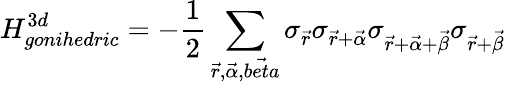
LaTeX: H_{gonihedric}^{3d}=-\frac{1}{2}\sum_{\vec{r},\vec{\alpha},\vec{beta}}\sigma_{\vec{r}}\sigma_{\vec{r}+\vec{\alpha}}\sigma_{\vec{r}+\vec{\alpha}+\vec{\beta}}\sigma_{\vec{r}+\vec{\beta}}